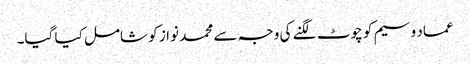
عماد وسیم کو چوٹ لگنے کی وجہ سے محمد نواز کو شامل کیا گیا۔